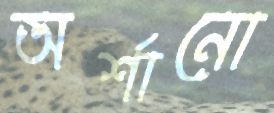
অর্শানো